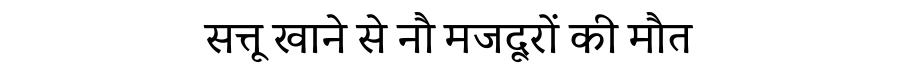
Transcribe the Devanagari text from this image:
सत्तू खाने से नौ मजदूरों की मौत